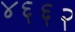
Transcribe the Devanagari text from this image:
४६६२